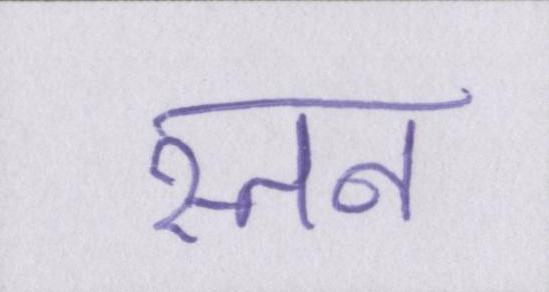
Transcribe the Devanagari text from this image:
स्तन